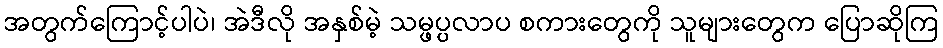
အတွက်ကြောင့်ပါပဲ၊ အဲဒီလို အနှစ်မဲ့ သမ္ဖပ္ပလာပ စကားတွေကို သူများတွေက ပြောဆိုကြ